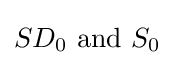
SD_{0}{\text{ and }}S_{0}